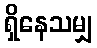
ရှိနေသမျှ